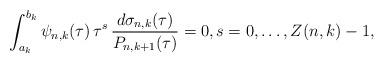
LaTeX: \begin{align*}\int_{a_{k}}^{b_{k}}\psi_{n,k}(\tau)\,\tau^{s}\,\frac{d\sigma_{n,k}(\tau)}{P_{n,k+1}(\tau)}=0,s=0,\ldots,Z(n,k)-1,\end{align*}